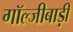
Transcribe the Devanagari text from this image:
गॉल्जीबाड़ी